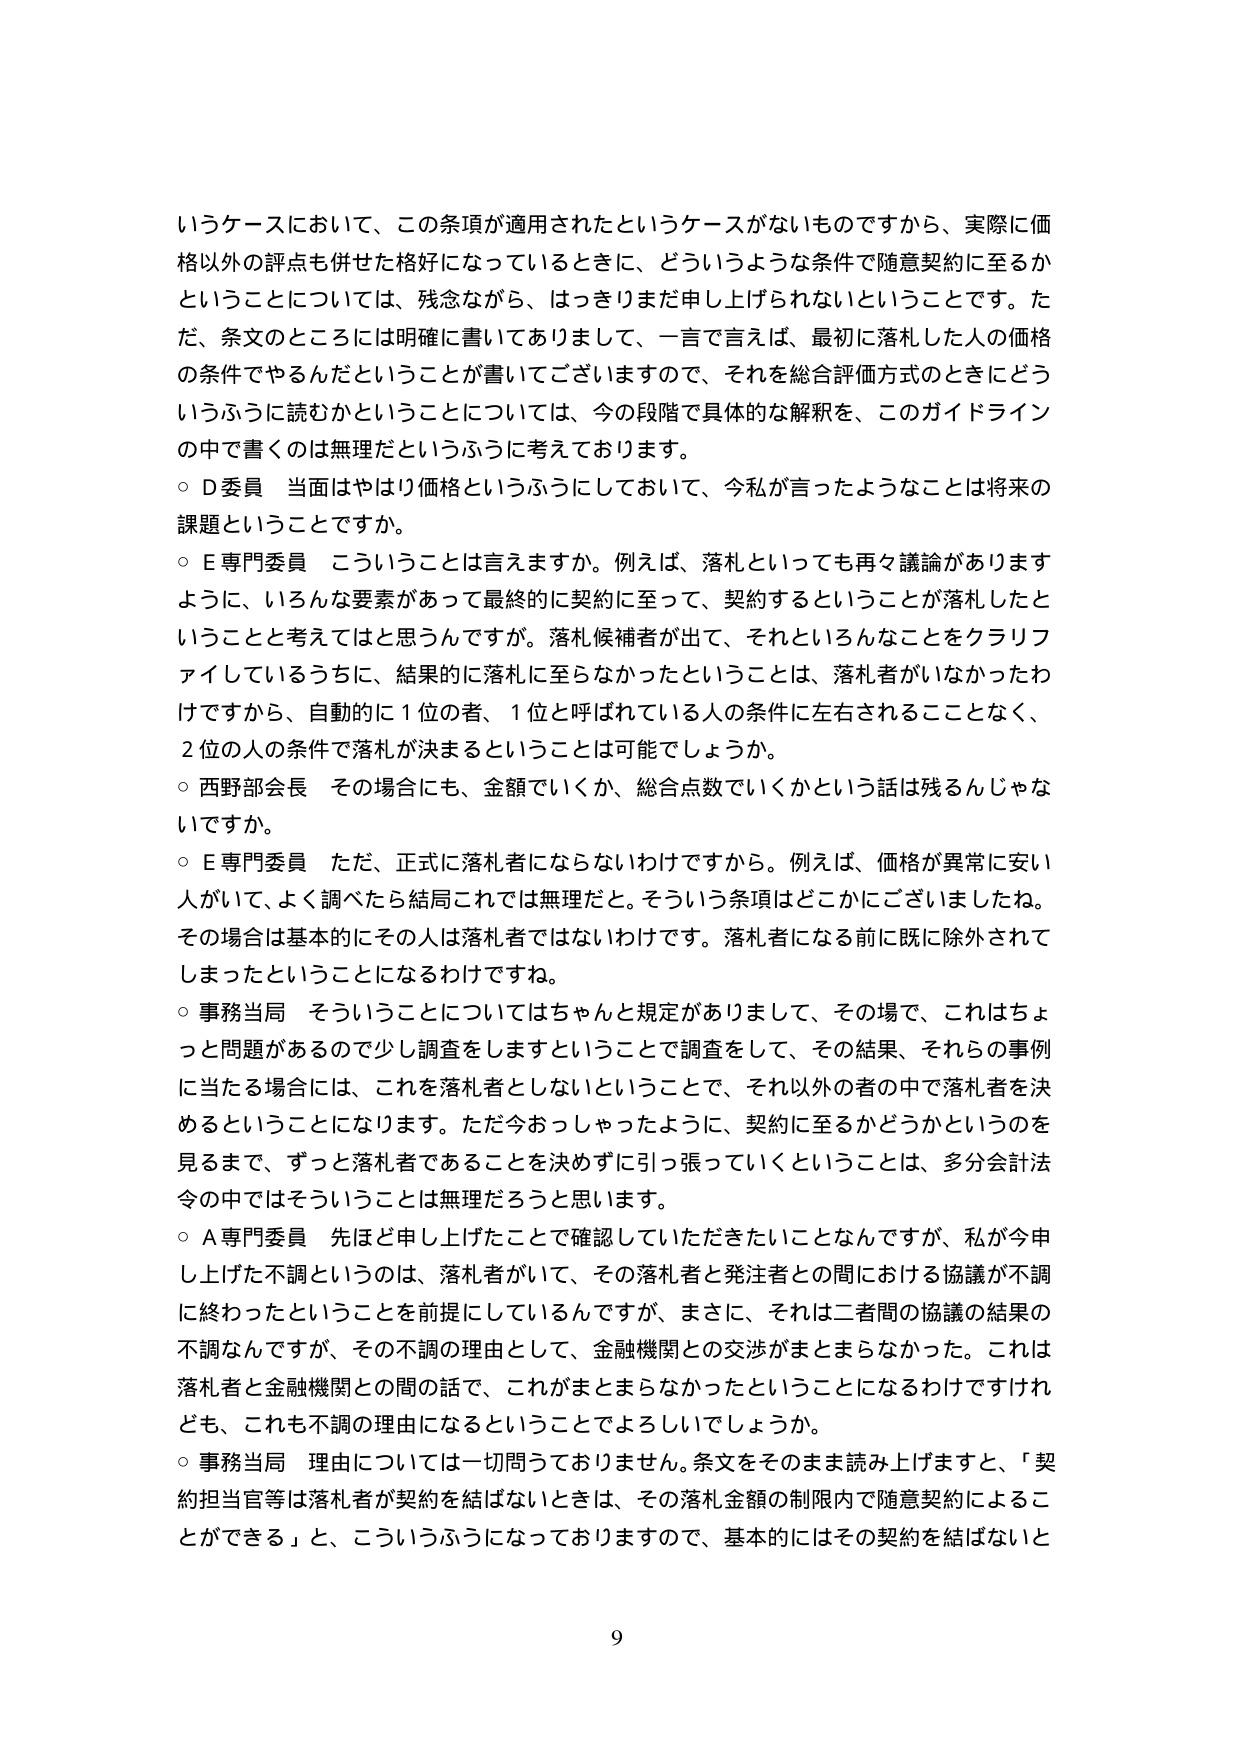
いうケースにおいて、この条項が適用されたというケースがないものですから、実際に価格以外の評点も併せた格好になっているときに、どういうような条件で随意契約に至るかということについては、残念ながら、はっきりまだ申し上げられないということです。ただ、条文のところには明確に書いてありまして、一言で言えば、最初に落札した人の価格の条件でやるんだということが書いてございますので、それを総合評価方式のときにどういうふうに読むかということについては、今の段階で具体的な解釈を、このガイドラインの中で書くのは無理だというふうに考えております。

○ D委員 当面はやはり価格というふうにしておいて、今私が言ったようなことは将来の課題ということですか。

○ E専門委員 こういうことは言えますか。例えば、落札といっても再々議論がありますように、いろんな要素があって最終的に契約に至って、契約するということが落札したということと考えてはと思うんですか。落札候補者が出て、それといろんなことをクラリファイしているうちに、結果的に落札に至らなかったということは、落札者がいなかったわけですから、自動的に1位の者、1位と呼ばれている人の条件に左右されることなく、2位の人の条件で落札が決まるということは可能でしょうか。

○ 西野部会長 その場合にも、金額でいくか、総合点数でいくかという話は残るんじゃありませんか。

○ E専門委員 ただ、正式に落札者にならないわけですから。例えば、価格が異常に安い人がいて、よく調べたら結局これでは無理だと。そういう条項はどこかにございましたね。その場合は基本的にその人は落札者ではないわけです。落札者になる前に既に除外されてしまったということになるわけですな。

○ 事務当局 そういうことについてはちゃんと規定がありまして、その場で、これはちょっと問題があるので少し調査をしますということで調査をして、その結果、それらの事例に当たる場合には、これを落札者としないということで、それ以外の者の中で落札者を決めるということになります。ただ今おっしゃったように、契約に至るかどうかというのを見るまで、ずっと落札者であることを決めずに引っ張っていくということは、多分会計法令の中ではそういうことは無理だろうと思います。

○ A専門委員 先ほど申し上げたことで確認していただきたいことなんですが、私が今申し上げた不調というのは、落札者がいて、その落札者と発注者との間における協議が不調に終わったということを前提にしているんですが、まさに、それは二者間の協議の結果の不調なんですが、その不調の理由として、金融機関との交渉がまとまらなかった。これは落札者と金融機関との間の話で、これがまとまらなかったということになるわけですけれども、これも不調の理由になるということでよろしいでしょうか。

○ 事務当局 理由については一切問っておりません。条文をそのまま読み上げますと、「契約担当官等は落札者が契約を結ばないときは、その落札金額の制限内で随意契約によることができる」と、こういうふうになっておりますので、基本的にはその契約を結ばないと

9